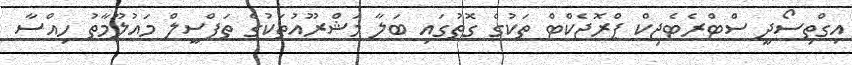
އިގްތިސޯދީ ސްޓްރެޓެޖިކް ޕްރޮޖެކްޓް ތަކުގެ ގޮތުގައި ބަލާ މަޝްރޫއުތަކުގެ ތަފްސީލް މައުލޫމާތު ހިއްސާ